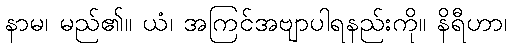
နာမ၊ မည်၏။ ယံ၊ အကြင်အဗျာပါရနည်းကို။ နိရီဟာ၊